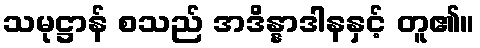
သမုဋ္ဌာန် စသည် အဒိန္နာဒါနနှင့် တူ၏။